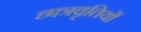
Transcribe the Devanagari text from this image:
छात्रवृतियों